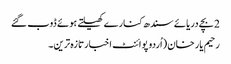
2 بچے دریائے سندھ کنارے کھیلتے ہوئے ڈوب گئے
رحیم یار خان (اُردو پوائنٹ اخبارتازہ ترین۔